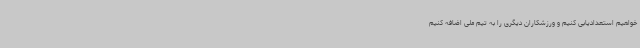
خواهیم استعدادیابی کنیم و ورزشکاران دیگری را به تیم ملی اضافه کنیم